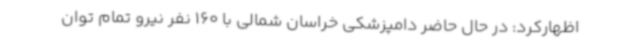
اظهارکرد: در حال حاضر دامپزشکی خراسان شمالی با 160 نفر نیرو تمام توان